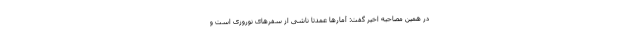
در همین مصاحبه اخیر گفت: آمارها عمدتاً ناشی از سفرهای نوروزی است و